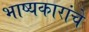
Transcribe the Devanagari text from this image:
भाष्यकारांचे